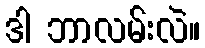
ဒါ ဘာလမ်းလဲ။